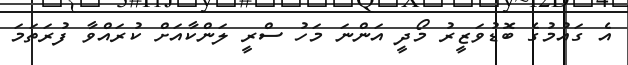
އެ ގައުމުގެ ބޮޑުވަޒީރު މޯދީ އަންނަ މަހު ސްރީ ލަންކާއަށް ކުރައްވާ ފުރަތަމަ